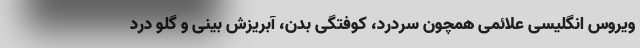
ویروس انگلیسی علائمی همچون سردرد، کوفتگی بدن، آبریزش بینی و گلو درد